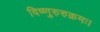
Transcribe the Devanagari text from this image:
विष्णुरुरुक्रमः।